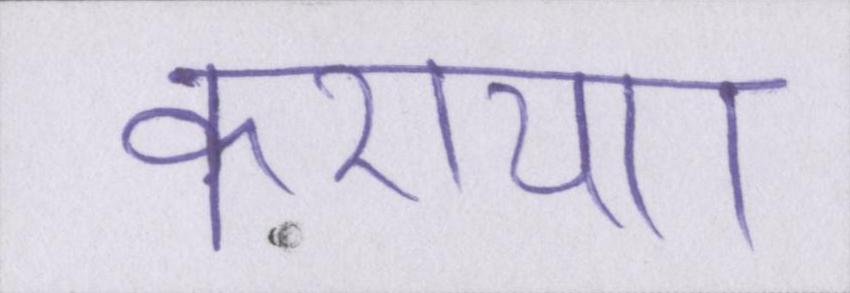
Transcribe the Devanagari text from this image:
कराया।